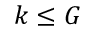
k \leq G